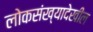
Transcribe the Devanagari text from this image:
लोकसंख्यादेखील